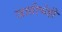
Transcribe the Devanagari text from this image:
जातीचेही